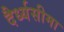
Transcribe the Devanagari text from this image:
दैर्ध्यसीमा